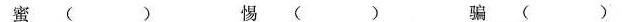
蜜___( ) 惕___( ) 骗___( )